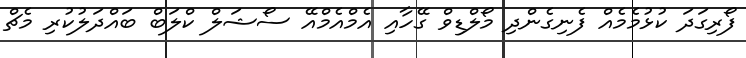
ފޯރިގަދަ ކުޅުމެމެއް ފެނިގެންދި މޯލްޑިވް ގޭހާއި އެމްއެމްއޭ ސޯޝަލް ކްލަބް ބައްދަލުކުރި މެޗް